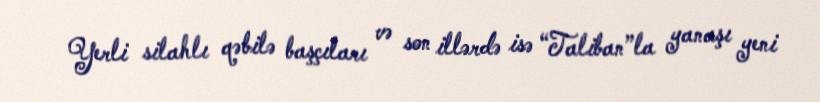
Yerli silahlı qəbilə başçıları və son illərdə isə “Taliban”la yanaşı yeni